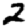
Digit: 2